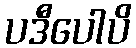
ပဒီပေါပိ